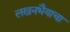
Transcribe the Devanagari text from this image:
लखनभैयाचा